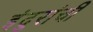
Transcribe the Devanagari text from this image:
इंदुरांची